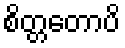
စိတ္တတောပိ